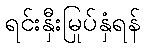
ရင်းနှီးမြုပ်နှံရန်